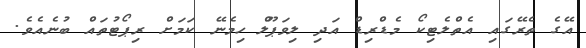
އޭގެ ތެރޭގައި އެތްލެޓިކޯ މެޑްރިޑް އަދި ލިވަޕޫލް ހިމެނޭ ކަމަށް ރިޕޯޓުތައް ބުނެއެވެ.